ELKNU_Lihula_Rajoonikomitee, lk 5
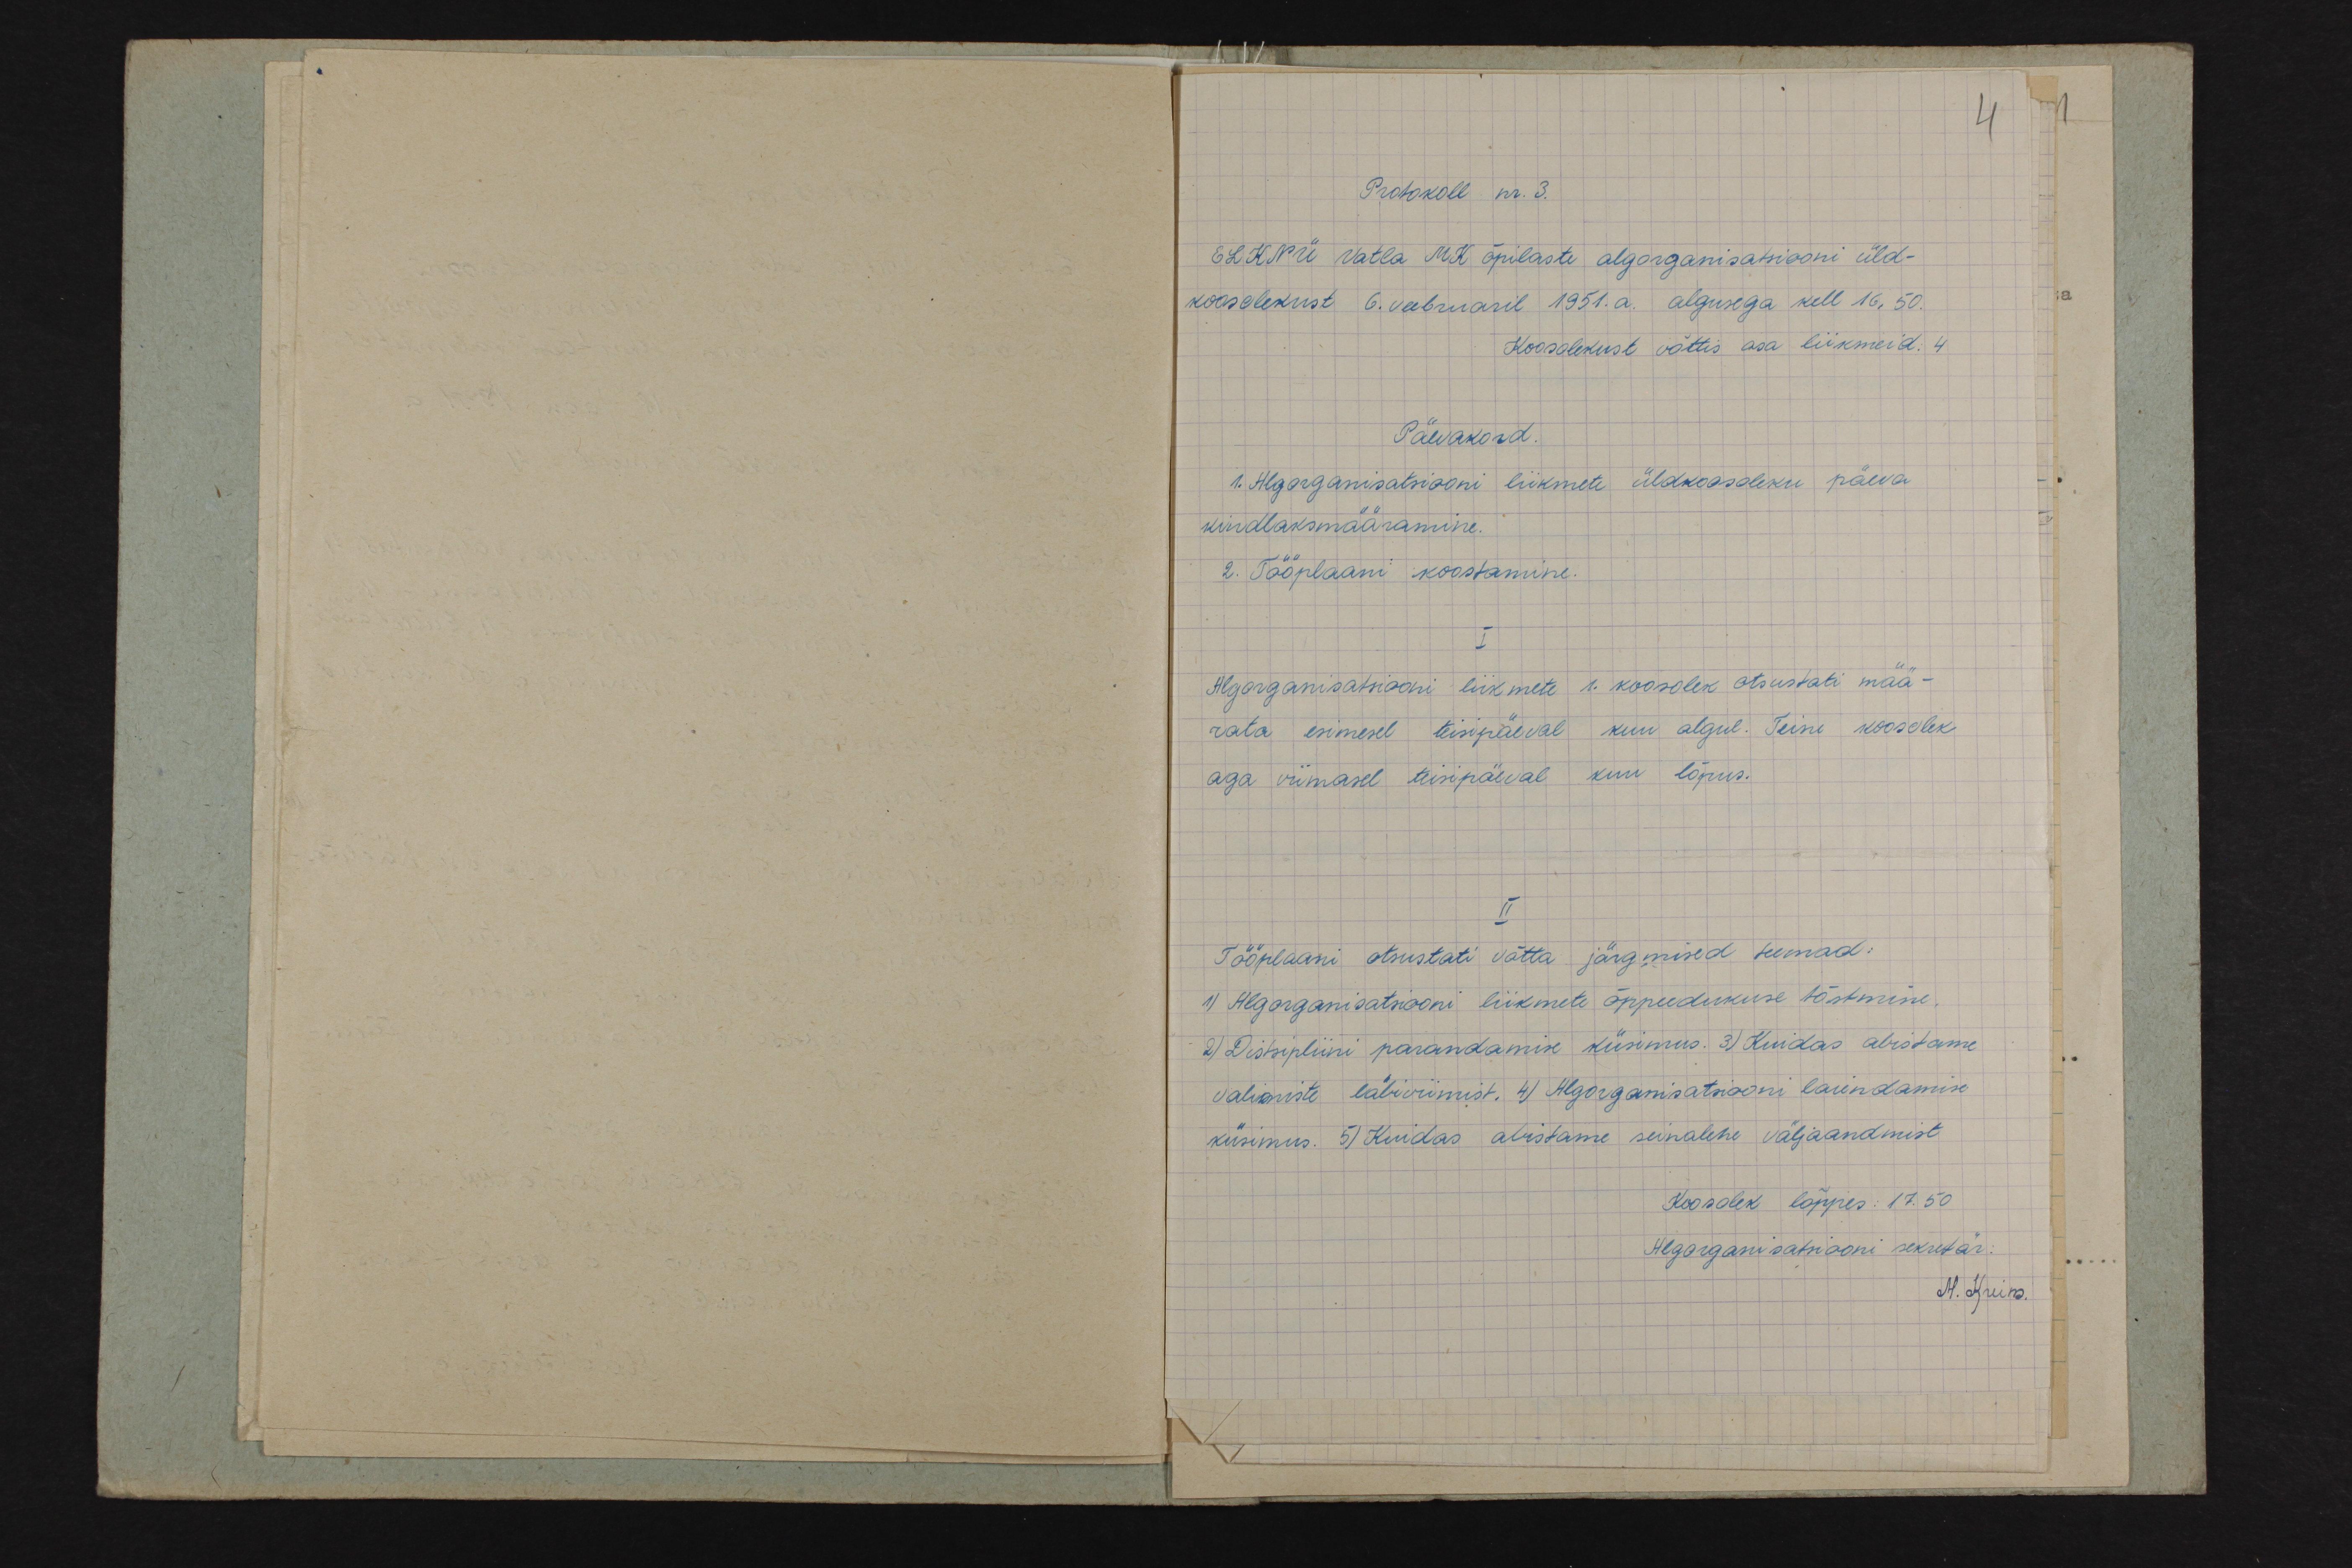
4
Protokoll nr. 3.
ELKNÜ Vatla MK õpilaste algorganisatsiooni üld-
koosolekust 6. vabruaril 1951. a. algusega kell 16.50.
Koosolekust võttis osa liikmeid. 4
Päevakord.
1. Algorganisatsiooni liikmete üldkoosoleku päeva
kindlaksmääramine.
2. Tööplaani koostamine.
I
Algorganisatsiooni liikmete 1. koosolek otsustati mää-
rata esimesel teisipäeval kuu algul. Teine koosolek
aga viimasel teisipäeval kuu lõpus.
II
Tööplaani otsustati võtta järgmised teemad:
1) Algorganisatsiooni liikmete õppeedukuse tõstmine,
2) Distsipliini parandamise küsimus. 3) Kuidas abistame
valimiste läbiviimist. 4) Algorganisatsiooni laiendamise
küsimus. 5) Kuidas abistame seinalehe väljaandmist
Koosolek lõppes: 17.50
Algorganisatsiooni sekretär:
M. Kuim.